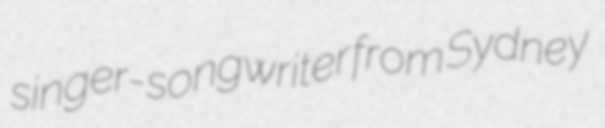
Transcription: singer-songwriter from Sydney